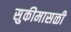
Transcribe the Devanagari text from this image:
सुकीमासळी